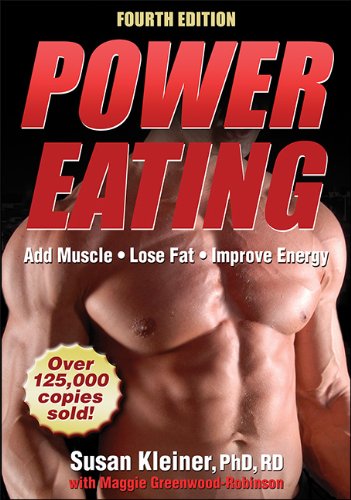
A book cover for Power Eating-4th Edition; Susan Kleiner; Health, Fitness & Dieting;